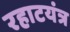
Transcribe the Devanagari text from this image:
रहाटयंत्र